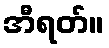
အီရတ်။